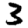
Digit: 3